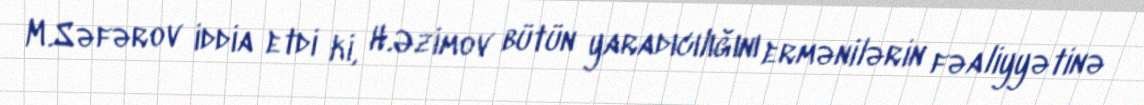
M.Səfərov iddia etdi ki, H.Əzimov bütün yaradıcılığını ermənilərin fəaliyyətinə